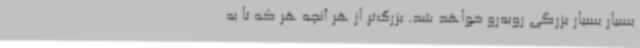
بسیار بسیار بزرگی روبه‌رو خواهد شد. بزرگ‌تر از هر آنچه هر که تا به